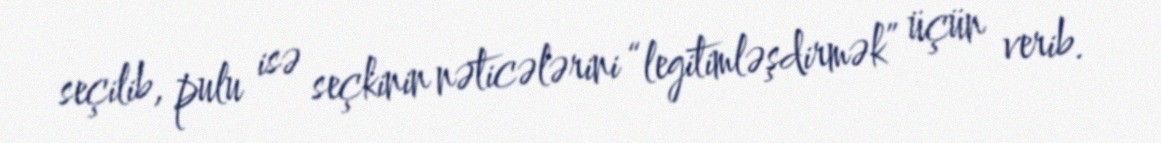
seçilib, pulu isə seçkinin nəticələrini “legitimləşdirmək” üçün verib.